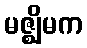
မဇ္ဈိမက